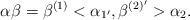
LaTeX: \begin{align*}\alpha \beta = \beta ^{(1)} <\alpha _{1'},\beta ^{(2)'}>\alpha _{2}.\end{align*}